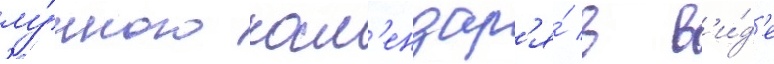
лу́нного кал'ендар'я́ в в'и́д'е